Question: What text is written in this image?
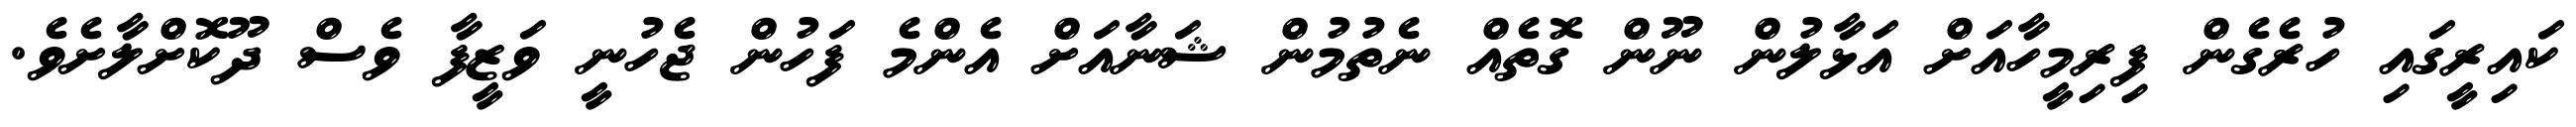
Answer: ކައިރީގައި ހުރެގެން ފިރިމީހާއަށް އަޅާލުން ނޫން ގޮތެއް ނެތުމުން ޝަނާއަށް އެންމެ ފަހުން ޖެހުނީ ވަޒީފާ ވެސް ދޫކޮށްލާށެވެ.